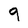
Character: 9